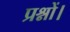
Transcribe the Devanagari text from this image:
प्रश्नों।